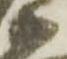
衛